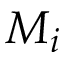
M _ { i }